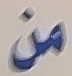
من